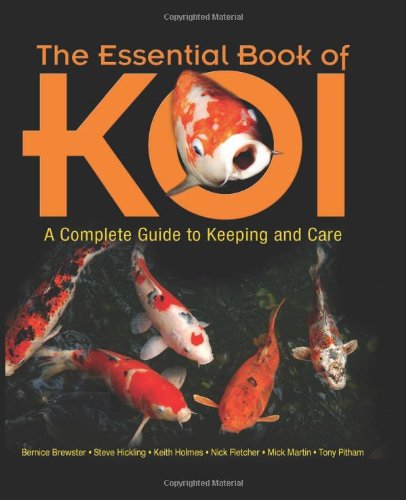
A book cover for The Essential Book of Koi: A Complete Guide to Keeping and Care; Steve Hickling; Crafts, Hobbies & Home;